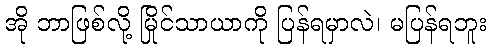
အို ဘာဖြစ်လို့ မြိုင်သာယာကို ပြန်ရမှာလဲ၊ မပြန်ရဘူး